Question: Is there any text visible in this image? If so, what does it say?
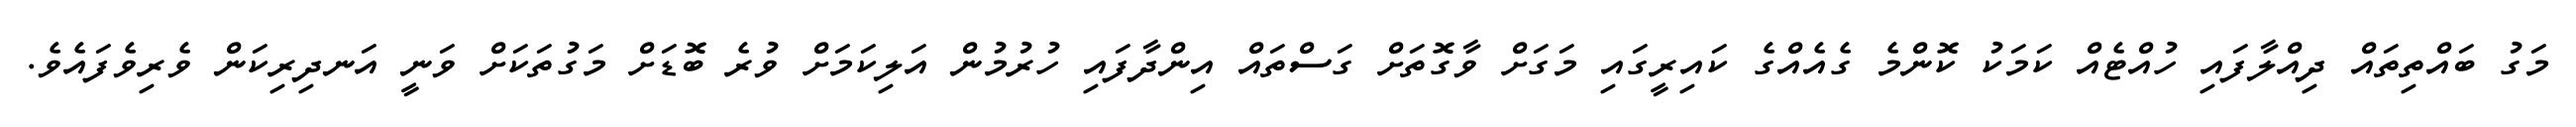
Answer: މަގު ބައްތިތައް ދިއްލާފައި ހުއްޓެއް ކަމަކު ކޮންމެ ގެއެއްގެ ކައިރީގައި މަގަށް ވާގޮތަށް ގަސްތައް އިންދާފައި ހުރުމުން އަލިކަމަށް ވުރެ ބޮޑަށް މަގުތަކަށް ވަނީ އަނދިރިކަން ވެރިވެފައެވެ.